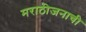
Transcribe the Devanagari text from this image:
मराठीजनाची